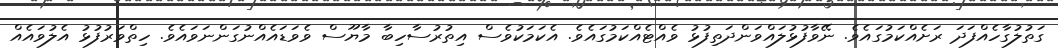
ގަތުލުގާހެއްފަދަ ރަށެއްކަމުގައެވެ. ނޭވާފުޅުލައްވަންދަތިފުޅު ވެއްޓެއްކަމުގައެވެ. އެކަމަކުވެސް އިތުރުސާހިބާ މާޔޫސް ވެވަޑައެއްނުގަންނަވައެވެ. ހިތްވަރުފުޅު އެލުވައެއް